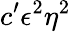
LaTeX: c^{\prime}\epsilon^{2}\eta^{2}